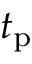
t _ { \mathrm { p } }